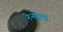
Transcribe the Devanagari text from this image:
रेनफ्र्यु